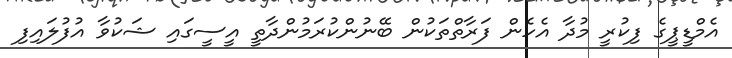
އެމްޑީޕީގެ ފިކުރީ މުދާ އެހެން ފަރާތްތަކުން ބޭނުންކުރަމުންދާތީ އީސީގައި ޝަކުވާ އުފުލައިފި